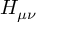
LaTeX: H _ { \mu \nu }